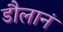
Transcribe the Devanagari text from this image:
डौलानं